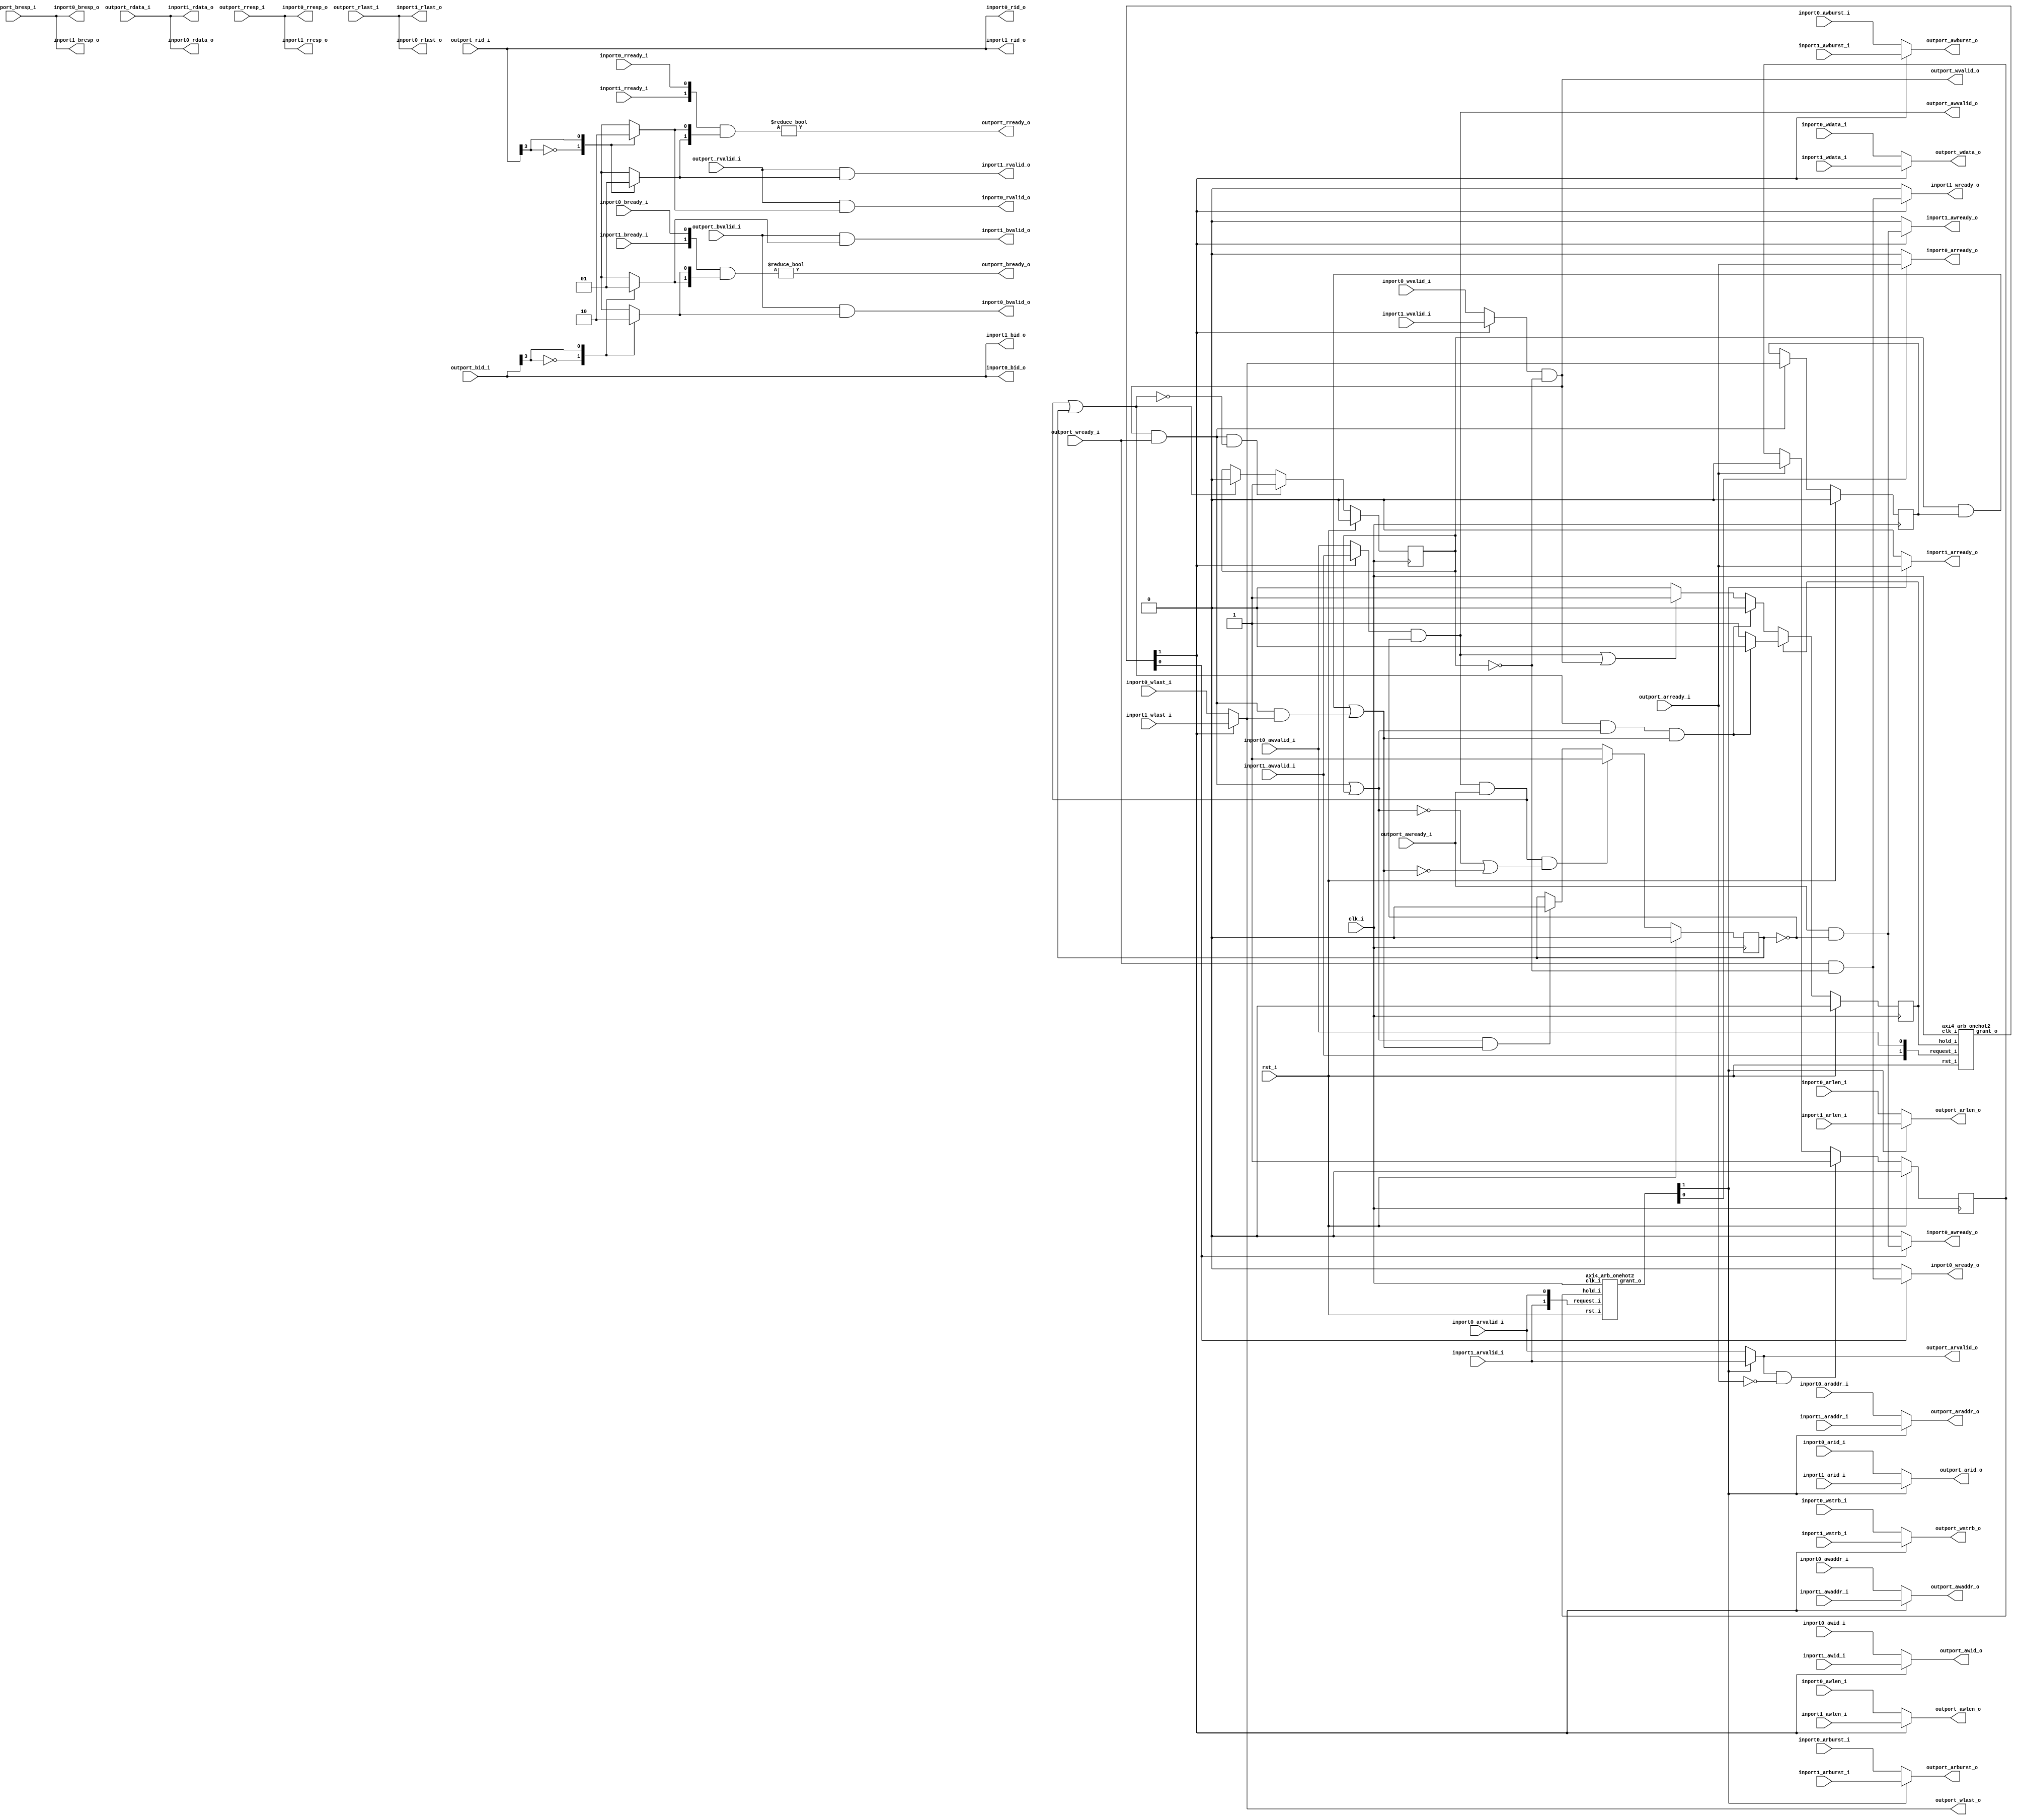
// This program was cloned from: https://github.com/ultraembedded/openlogicbit
// License: Apache License 2.0

//-----------------------------------------------------------------
//                         open-logic-bit
//                            V0.1
//                        Copyright 2021
//              github.com/ultraembedded/openlogicbit
//
//                   admin@ultra-embedded.com
//
//                     License: Apache 2.0
//-----------------------------------------------------------------
// Copyright 2021 Ultra-Embedded.com
// 
// Licensed under the Apache License, Version 2.0 (the "License");
// you may not use this file except in compliance with the License.
// You may obtain a copy of the License at
// 
//     http://www.apache.org/licenses/LICENSE-2.0
// 
// Unless required by applicable law or agreed to in writing, software
// distributed under the License is distributed on an "AS IS" BASIS,
// WITHOUT WARRANTIES OR CONDITIONS OF ANY KIND, either express or implied.
// See the License for the specific language governing permissions and
// limitations under the License.
//-----------------------------------------------------------------
module axi4_arb
(
    // Inputs
     input           clk_i
    ,input           rst_i
    ,input           inport0_awvalid_i
    ,input  [ 31:0]  inport0_awaddr_i
    ,input  [  3:0]  inport0_awid_i
    ,input  [  7:0]  inport0_awlen_i
    ,input  [  1:0]  inport0_awburst_i
    ,input           inport0_wvalid_i
    ,input  [ 31:0]  inport0_wdata_i
    ,input  [  3:0]  inport0_wstrb_i
    ,input           inport0_wlast_i
    ,input           inport0_bready_i
    ,input           inport0_arvalid_i
    ,input  [ 31:0]  inport0_araddr_i
    ,input  [  3:0]  inport0_arid_i
    ,input  [  7:0]  inport0_arlen_i
    ,input  [  1:0]  inport0_arburst_i
    ,input           inport0_rready_i
    ,input           inport1_awvalid_i
    ,input  [ 31:0]  inport1_awaddr_i
    ,input  [  3:0]  inport1_awid_i
    ,input  [  7:0]  inport1_awlen_i
    ,input  [  1:0]  inport1_awburst_i
    ,input           inport1_wvalid_i
    ,input  [ 31:0]  inport1_wdata_i
    ,input  [  3:0]  inport1_wstrb_i
    ,input           inport1_wlast_i
    ,input           inport1_bready_i
    ,input           inport1_arvalid_i
    ,input  [ 31:0]  inport1_araddr_i
    ,input  [  3:0]  inport1_arid_i
    ,input  [  7:0]  inport1_arlen_i
    ,input  [  1:0]  inport1_arburst_i
    ,input           inport1_rready_i
    ,input           outport_awready_i
    ,input           outport_wready_i
    ,input           outport_bvalid_i
    ,input  [  1:0]  outport_bresp_i
    ,input  [  3:0]  outport_bid_i
    ,input           outport_arready_i
    ,input           outport_rvalid_i
    ,input  [ 31:0]  outport_rdata_i
    ,input  [  1:0]  outport_rresp_i
    ,input  [  3:0]  outport_rid_i
    ,input           outport_rlast_i

    // Outputs
    ,output          inport0_awready_o
    ,output          inport0_wready_o
    ,output          inport0_bvalid_o
    ,output [  1:0]  inport0_bresp_o
    ,output [  3:0]  inport0_bid_o
    ,output          inport0_arready_o
    ,output          inport0_rvalid_o
    ,output [ 31:0]  inport0_rdata_o
    ,output [  1:0]  inport0_rresp_o
    ,output [  3:0]  inport0_rid_o
    ,output          inport0_rlast_o
    ,output          inport1_awready_o
    ,output          inport1_wready_o
    ,output          inport1_bvalid_o
    ,output [  1:0]  inport1_bresp_o
    ,output [  3:0]  inport1_bid_o
    ,output          inport1_arready_o
    ,output          inport1_rvalid_o
    ,output [ 31:0]  inport1_rdata_o
    ,output [  1:0]  inport1_rresp_o
    ,output [  3:0]  inport1_rid_o
    ,output          inport1_rlast_o
    ,output          outport_awvalid_o
    ,output [ 31:0]  outport_awaddr_o
    ,output [  3:0]  outport_awid_o
    ,output [  7:0]  outport_awlen_o
    ,output [  1:0]  outport_awburst_o
    ,output          outport_wvalid_o
    ,output [ 31:0]  outport_wdata_o
    ,output [  3:0]  outport_wstrb_o
    ,output          outport_wlast_o
    ,output          outport_bready_o
    ,output          outport_arvalid_o
    ,output [ 31:0]  outport_araddr_o
    ,output [  3:0]  outport_arid_o
    ,output [  7:0]  outport_arlen_o
    ,output [  1:0]  outport_arburst_o
    ,output          outport_rready_o
);




//-----------------------------------------------------------------
// Read Requestor Select
//-----------------------------------------------------------------

wire [1:0] read_req_w;
reg                      read_hold_q;
wire [1:0] read_grant_w;

assign read_req_w[0] = inport0_arvalid_i;
assign read_req_w[1] = inport1_arvalid_i;

axi4_arb_onehot2
u_rd_arb
(
    .clk_i(clk_i),
    .rst_i(rst_i),

    .hold_i(read_hold_q),
    .request_i(read_req_w),
    .grant_o(read_grant_w)
);

//-----------------------------------------------------------------
// Read Hold
//-----------------------------------------------------------------
always @ (posedge clk_i )
if (rst_i)
    read_hold_q  <= 1'b0;
else if (outport_arvalid_o && !outport_arready_i)
    read_hold_q  <= 1'b1;
else if (outport_arready_i)
    read_hold_q  <= 1'b0;

//-----------------------------------------------------------------
// Read Request Mux
//-----------------------------------------------------------------
reg          outport_arvalid_r;
reg [ 31:0]  outport_araddr_r;
reg [  3:0]  outport_arid_r;
reg [  7:0]  outport_arlen_r;
reg [  1:0]  outport_arburst_r;

always @ *
begin
    outport_arvalid_r = 1'b0;
    outport_araddr_r  = 32'b0;
    outport_arid_r    = 4'b0;
    outport_arlen_r   = 8'b0;
    outport_arburst_r = 2'b0;

    case (1'b1)
    default: // Input 0
    begin
        outport_arvalid_r = inport0_arvalid_i;
        outport_araddr_r  = inport0_araddr_i;
        outport_arid_r    = inport0_arid_i;
        outport_arlen_r   = inport0_arlen_i;
        outport_arburst_r = inport0_arburst_i;
    end
    read_grant_w[1]:
    begin
        outport_arvalid_r = inport1_arvalid_i;
        outport_araddr_r  = inport1_araddr_i;
        outport_arid_r    = inport1_arid_i;
        outport_arlen_r   = inport1_arlen_i;
        outport_arburst_r = inport1_arburst_i;
    end
    endcase
end

assign outport_arvalid_o = outport_arvalid_r;
assign outport_araddr_o  = outport_araddr_r;
assign outport_arid_o    = outport_arid_r;
assign outport_arlen_o   = outport_arlen_r;
assign outport_arburst_o = outport_arburst_r;

//-----------------------------------------------------------------
// Read Handshaking Demux
//-----------------------------------------------------------------
assign inport0_arready_o = read_grant_w[0] ? outport_arready_i : 1'b0;
assign inport1_arready_o = read_grant_w[1] ? outport_arready_i : 1'b0;

//-----------------------------------------------------------------
// Read Response Routing
//-----------------------------------------------------------------
reg [1:0] rd_resp_target_r;

always @ *
begin
    rd_resp_target_r = 2'b0;

    case (outport_rid_i[3:3])
    1'd0:
        rd_resp_target_r[0] = 1'b1;
    1'd1:
        rd_resp_target_r[1] = 1'b1;
    default:
        rd_resp_target_r[0] = 1'b1;
    endcase
end

wire [1:0] inport_rready_w;
assign inport_rready_w[0] = inport0_rready_i;
assign inport_rready_w[1] = inport1_rready_i;

assign outport_rready_o = (inport_rready_w & rd_resp_target_r) != 2'b0;


assign inport0_rvalid_o = outport_rvalid_i & rd_resp_target_r[0];
assign inport0_rdata_o  = outport_rdata_i;
assign inport0_rid_o    = outport_rid_i;
assign inport0_rresp_o  = outport_rresp_i;
assign inport0_rlast_o  = outport_rlast_i;
assign inport1_rvalid_o = outport_rvalid_i & rd_resp_target_r[1];
assign inport1_rdata_o  = outport_rdata_i;
assign inport1_rid_o    = outport_rid_i;
assign inport1_rresp_o  = outport_rresp_i;
assign inport1_rlast_o  = outport_rlast_i;

//-----------------------------------------------------------------
// Write Requestor Select
//-----------------------------------------------------------------
wire [1:0] write_req_w;
reg        write_hold_q;

wire [1:0] write_grant_w;

assign write_req_w[0] = inport0_awvalid_i;
assign write_req_w[1] = inport1_awvalid_i;

axi4_arb_onehot2
u_wr_arb
(
    .clk_i(clk_i),
    .rst_i(rst_i),

    .hold_i(write_hold_q),
    .request_i(write_req_w),
    .grant_o(write_grant_w)
);

//-----------------------------------------------------------------
// Write state tracking
//-----------------------------------------------------------------
reg awvalid_q;
reg wvalid_q;
reg wlast_q;

wire wr_cmd_accepted_w  = (outport_awvalid_o && outport_awready_i) || awvalid_q;
wire wr_data_accepted_w = (outport_wvalid_o  && outport_wready_i)  || wvalid_q;
wire wr_data_last_w     = (wvalid_q & wlast_q) || (outport_wvalid_o && outport_wready_i && outport_wlast_o);

always @ (posedge clk_i )
if (rst_i)
    awvalid_q <= 1'b0;
else if (outport_awvalid_o && outport_awready_i && (!wr_data_accepted_w || !wr_data_last_w))
    awvalid_q <= 1'b1;
else if (wr_data_accepted_w && wr_data_last_w)
    awvalid_q <= 1'b0;

always @ (posedge clk_i )
if (rst_i)
    wvalid_q <= 1'b0;
else if (outport_wvalid_o && outport_wready_i && !wr_cmd_accepted_w)
    wvalid_q <= 1'b1;
else if (wr_cmd_accepted_w)
    wvalid_q <= 1'b0;

always @ (posedge clk_i )
if (rst_i)
    wlast_q <= 1'b0;
else if (outport_wvalid_o && outport_wready_i)
    wlast_q <= outport_wlast_o;

//-----------------------------------------------------------------
// Write Hold
//-----------------------------------------------------------------
reg write_hold_r;

always @ *
begin
    write_hold_r = write_hold_q;

    // Write hold - check for both command and data (last) accepted
    if (write_hold_r)
    begin
        if (wr_cmd_accepted_w && wr_data_accepted_w && wr_data_last_w)
            write_hold_r = 1'b0;
    end
    // Single transaction accepted in one go - no hold
    else if (wr_cmd_accepted_w && wr_data_accepted_w && wr_data_last_w)
        write_hold_r = 1'b0;
    // Either command or data presented - hold until transaction complete
    else if (outport_awvalid_o || outport_wvalid_o)
        write_hold_r = 1'b1;
end

always @ (posedge clk_i )
if (rst_i)
    write_hold_q      <= 1'b0;
else
    write_hold_q      <= write_hold_r;

//-----------------------------------------------------------------
// Write Request Mux
//-----------------------------------------------------------------
reg          outport_awvalid_r;
reg [ 31:0]  outport_awaddr_r;
reg [  3:0]  outport_awid_r;
reg [  7:0]  outport_awlen_r;
reg [  1:0]  outport_awburst_r;

reg          outport_wvalid_r;
reg [ 31:0]  outport_wdata_r;
reg [  3:0]  outport_wstrb_r;
reg          outport_wlast_r;

always @ *
begin
    outport_awvalid_r = 1'b0;
    outport_awaddr_r  = 32'b0;
    outport_awid_r    = 4'b0;
    outport_awlen_r   = 8'b0;
    outport_awburst_r = 2'b0;
    outport_wvalid_r  = 1'b0;
    outport_wdata_r   = 32'b0;
    outport_wstrb_r   = 4'b0;
    outport_wlast_r   = 1'b0;

    case (1'b1)
    default: // Input 0
    begin
        outport_awvalid_r = inport0_awvalid_i;
        outport_awaddr_r  = inport0_awaddr_i;
        outport_awid_r    = inport0_awid_i;
        outport_awlen_r   = inport0_awlen_i;
        outport_awburst_r = inport0_awburst_i;
        outport_wvalid_r  = inport0_wvalid_i;
        outport_wdata_r   = inport0_wdata_i;
        outport_wstrb_r   = inport0_wstrb_i;
        outport_wlast_r   = inport0_wlast_i;
    end
    write_grant_w[1]:
    begin
        outport_awvalid_r = inport1_awvalid_i;
        outport_awaddr_r  = inport1_awaddr_i;
        outport_awid_r    = inport1_awid_i;
        outport_awlen_r   = inport1_awlen_i;
        outport_awburst_r = inport1_awburst_i;
        outport_wvalid_r  = inport1_wvalid_i;
        outport_wdata_r   = inport1_wdata_i;
        outport_wstrb_r   = inport1_wstrb_i;
        outport_wlast_r   = inport1_wlast_i;
    end
    endcase
end

assign outport_awvalid_o = outport_awvalid_r & ~awvalid_q;
assign outport_awaddr_o  = outport_awaddr_r;
assign outport_awid_o    = outport_awid_r;
assign outport_awlen_o   = outport_awlen_r;
assign outport_awburst_o = outport_awburst_r;
assign outport_wvalid_o  = outport_wvalid_r & ~wvalid_q;
assign outport_wdata_o   = outport_wdata_r;
assign outport_wstrb_o   = outport_wstrb_r;
assign outport_wlast_o   = outport_wlast_r;

//-----------------------------------------------------------------
// Write Handshaking Demux
//-----------------------------------------------------------------
assign inport0_awready_o = write_grant_w[0] ? (outport_awready_i & ~awvalid_q) : 1'b0;
assign inport0_wready_o  = write_grant_w[0] ? (outport_wready_i  & ~wvalid_q)  : 1'b0;
assign inport1_awready_o = write_grant_w[1] ? (outport_awready_i & ~awvalid_q) : 1'b0;
assign inport1_wready_o  = write_grant_w[1] ? (outport_wready_i  & ~wvalid_q)  : 1'b0;

//-----------------------------------------------------------------
// Write Response Routing
//-----------------------------------------------------------------
reg [1:0] wr_resp_target_r;

always @ *
begin
    wr_resp_target_r = 2'b0;

    case (outport_bid_i[3:3])
    1'd0:
        wr_resp_target_r[0] = 1'b1;
    1'd1:
        wr_resp_target_r[1] = 1'b1;
    default:
        wr_resp_target_r[0] = 1'b1;
    endcase
end

wire [1:0] inport_bready_w;
assign inport_bready_w[0] = inport0_bready_i;
assign inport_bready_w[1] = inport1_bready_i;

assign outport_bready_o = (inport_bready_w & wr_resp_target_r) != 2'b0;

assign inport0_bvalid_o = outport_bvalid_i & wr_resp_target_r[0];
assign inport0_bid_o    = outport_bid_i;
assign inport0_bresp_o  = outport_bresp_i;
assign inport1_bvalid_o = outport_bvalid_i & wr_resp_target_r[1];
assign inport1_bid_o    = outport_bid_i;
assign inport1_bresp_o  = outport_bresp_i;

endmodule

//-----------------------------------------------------------------
// Round robin One Hot Arbiter
//-----------------------------------------------------------------
module axi4_arb_onehot2
(
    // Inputs
     input                       clk_i
    ,input                       rst_i
    ,input                       hold_i
    ,input  [1:0]  request_i

    // Outputs
    ,output [1:0]  grant_o
);


//-----------------------------------------------------------------
// Registers / Wires
//-----------------------------------------------------------------
wire [1:0] req_ffs_masked_w;
wire [1:0] req_ffs_unmasked_w;
wire [1:0] req_ffs_w;

reg  [1:0] mask_next_q;
reg  [1:0] grant_last_q;
wire [1:0] grant_new_w;

//-----------------------------------------------------------------
// ffs: Find first set
//-----------------------------------------------------------------
function [1:0] ffs;
    input [1:0] request;
begin
    ffs[0] = request[0];
    ffs[1] = ffs[0] | request[1];
end
endfunction

assign req_ffs_masked_w = ffs(request_i & mask_next_q);
assign req_ffs_unmasked_w = ffs(request_i);

assign req_ffs_w = (|req_ffs_masked_w) ? req_ffs_masked_w : req_ffs_unmasked_w;

always @ (posedge clk_i )
   if (rst_i == 1'b1)
   begin
        mask_next_q <= {2{1'b1}};
        grant_last_q <= 2'b0;
   end
   else
   begin
        if (~hold_i)
            mask_next_q <= {req_ffs_w[0:0], 1'b0};
        
        grant_last_q <= grant_o;
   end

assign grant_new_w = req_ffs_w ^ {req_ffs_w[0:0], 1'b0};
assign grant_o = hold_i ? grant_last_q : grant_new_w;


endmodule